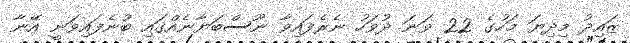
ޒައިދު މިދިޔަ މަހުގެ 22 ވަނަ ދުވަހު ނެރެފައިވާ ނޫސްބަޔާނެެއްގައި ބުނެފައިވަނީ އޭނާ